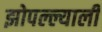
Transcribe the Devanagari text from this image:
झोपल्ल्याली